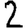
Digit: 2